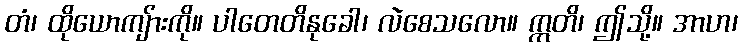
တံ၊ ထိုယောကျ်ားကို။ ပါတေတိနုခေါ၊ လဲစေသလော။ ဣတိ၊ ဤသို့။ အာဟ၊